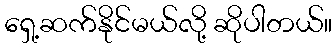
ရှေ့ဆက်နိုင်မယ်လို့ ဆိုပါတယ်။